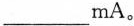
____mA。